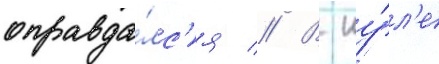
оправда́лс'я // В иу́л'е